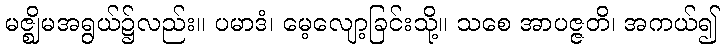
မဇ္ဈိမအရွယ်၌လည်း။ ပမာဒံ၊ မေ့လျော့ခြင်းသို့။ သစေ အာပဇ္ဇတိ၊ အကယ်၍